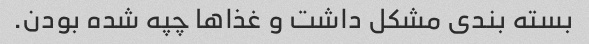
بسته بندى مشکل داشت و غذا‌ها چپه شده بودن.